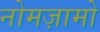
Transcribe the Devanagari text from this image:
नोमज़ामो